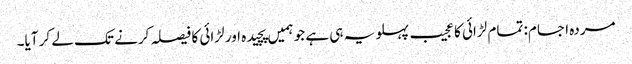
مردہ اجسام: تمام لڑائی کا عجیب پہلو یہ ہی ہے جو ہمیں پچیدہ اور لڑائی کا فیصلہ کرنے تک لے کر آیا۔